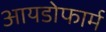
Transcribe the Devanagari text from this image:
आयडोफार्म